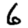
Digit: 6